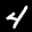
Label: 4